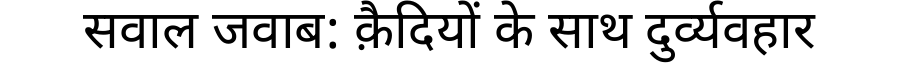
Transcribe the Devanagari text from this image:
सवाल जवाब: क़ैदियों के साथ दुर्व्यवहार